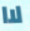
لاا